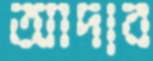
আদাব